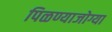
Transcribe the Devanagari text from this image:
पिळण्याजोग्या